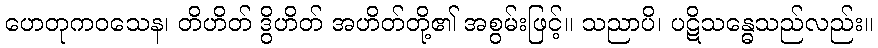
ဟေတုကဝသေန၊ တိဟိတ် ဒွိဟိတ် အဟိတ်တို့၏ အစွမ်းဖြင့်။ သညာပိ၊ ပဋိသန္ဓေသည်လည်း။